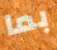
بما